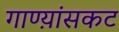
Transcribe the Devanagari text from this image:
गाण्य़ांसकट